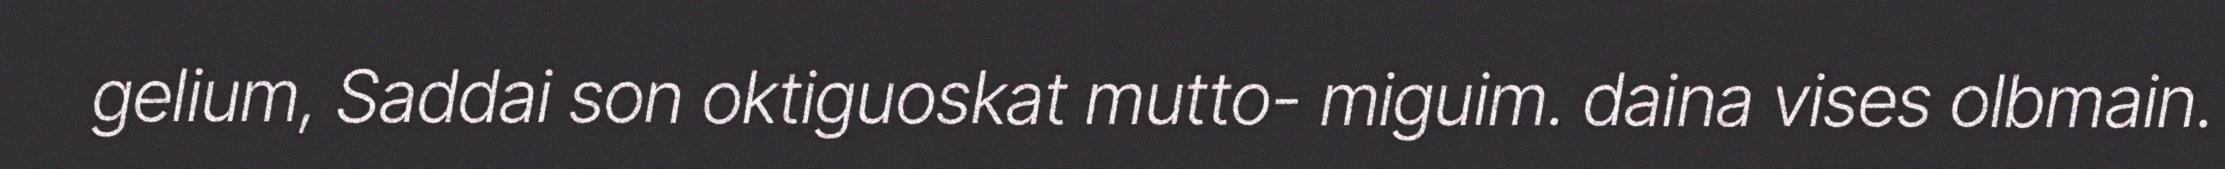
gelium, Saddai son oktiguoskat mutto- miguim. daina vises olbmain.